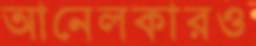
আনেলকারও